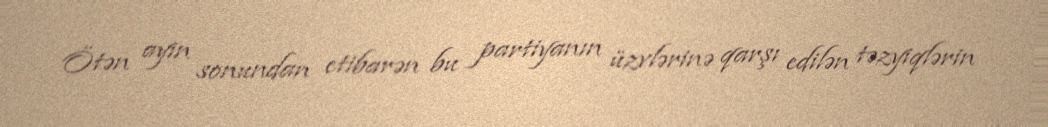
Ötən ayın sonundan etibarən bu partiyanın üzvlərinə qarşı edilən təzyiqlərin